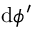
\mathrm { d } \phi ^ { \prime }